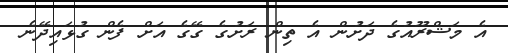
އެ މަޝްރޫއުގެ ދަށުން އެ ތިން ރަށުގެ ގޭގެ އަށް ފެން ގުޅައިދޭނެ